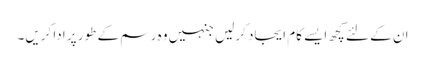
ان کے لئے کچھ ایسے کام ایجاد کرلیں جنہیں وہ رسم کے طور پر ادا کریں۔